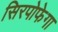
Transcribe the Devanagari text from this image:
सिरपोफेगा